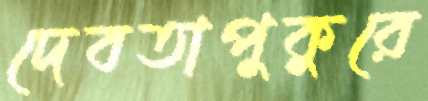
দেবতাপুকুরে